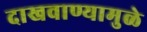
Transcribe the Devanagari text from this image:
दाखवाण्यामुळे